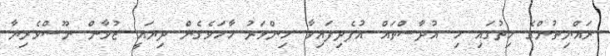
ރައްޔިތުންގެ ހިތުގައި މި އުދާސްތައް އުފެދިފައިވާ މިންވަރު ހާމަވެގެން ދިޔައީ ޒުވާން ނޫސްވެރިޔާ